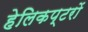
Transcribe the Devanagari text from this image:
हेलिकप्टरों